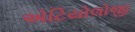
એટિયોલોજી